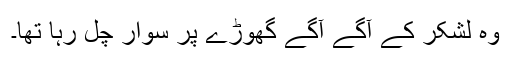
وہ لشکر کے آگے آگے گھوڑے پر سوار چل رہا تھا۔